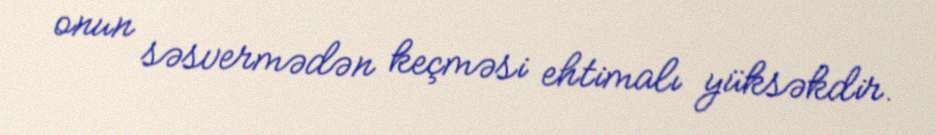
onun səsvermədən keçməsi ehtimalı yüksəkdir.